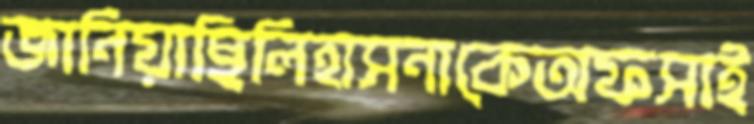
জানিয়াছিলিহাসনাকেঅফসাই